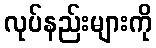
လုပ်နည်းများကို